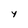
Character: y